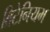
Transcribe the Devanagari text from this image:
ब्रिटेनियम